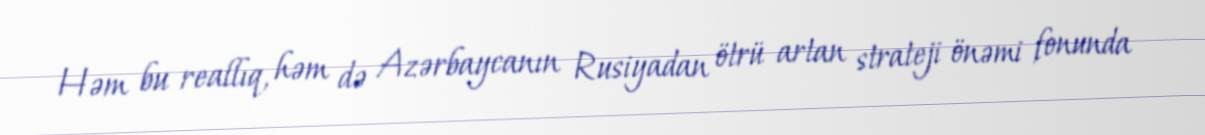
Həm bu reallıq, həm də Azərbaycanın Rusiyadan ötrü artan strateji önəmi fonunda